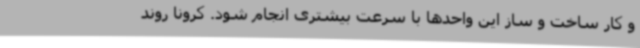
و کار ساخت و ساز این واحدها با سرعت بیشتری انجام شود. کرونا روند